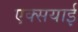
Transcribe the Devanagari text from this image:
एक्सयाई